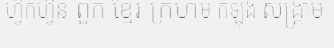
ហ្វឹកហ្វឺន ពួក ខ្មែរ ក្រហម កំឡុង សង្គ្រាម